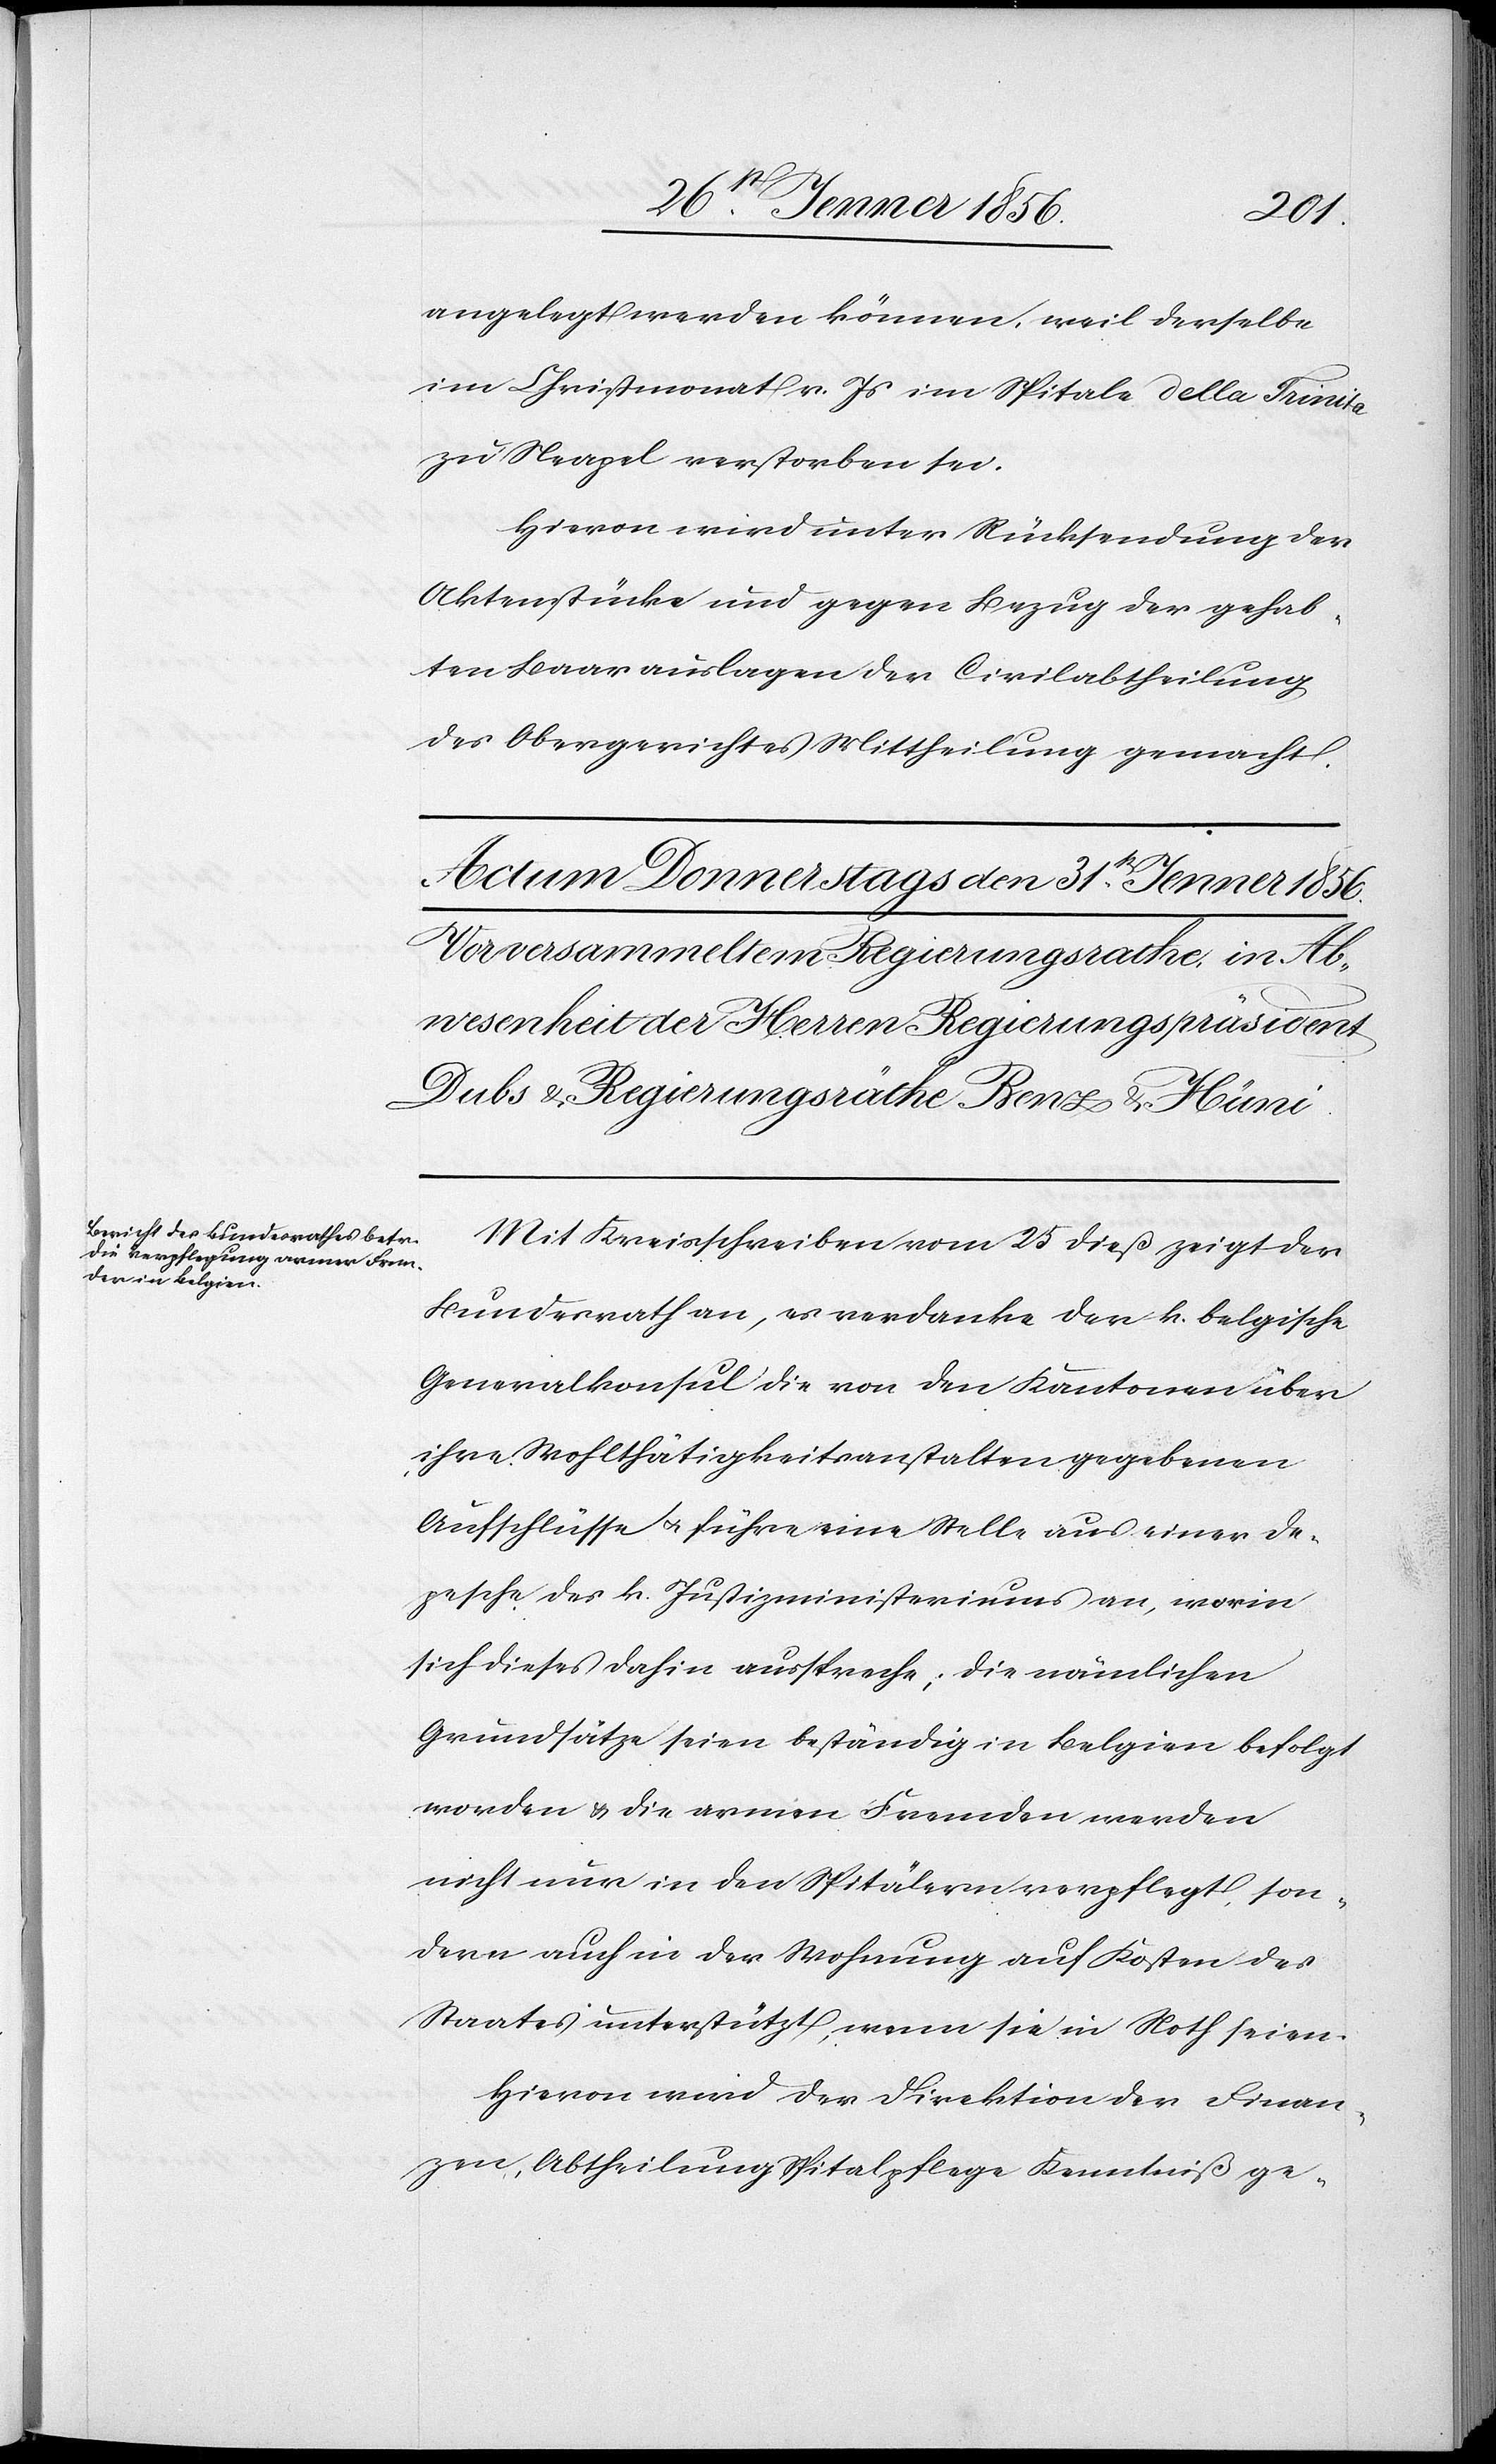
angelegt werden können, weil derselbe
im Christmonat v. Js im Spitale della Trinita
zu Neapel verstorben sei.
Hievon wird unter Rücksendung der
Aktenstücke und gegen Bezug der gehab¬
ten Baarauslagen der Civilabtheilung
des Obergerichtes Mittheilung gemacht.
Vor versammeltem Regierungsrathe, in Ab¬
wesenheit der Herren Regierungspräsident
Dubs & Regierungsräthe Benz & Hüni.
Mit Kreisschreiben vom 25 dieß zeigt der
Bundesrath an, es verdanke der k. belgische
Generalkonsul die von den Kantonen über
ihre Wohltätigkeitsanstalten gegebenen
Aufschlüsse u. führe eine Stelle aus einer De¬
pesche des k. Justizministeriums an, worin
sich dieses dahin ausspreche; die nämlichen
Grundsätze seien beständig in Belgien befolgt
worden & die armen Fremden werden
nicht nur in den Spitälern verpflegt, son¬
dern auch in der Wohnung auf Kosten des
Staates unterstützt, wenn sie in Noth seien.
Hievon wird der Direktion der Finan¬
zen, Abtheilung Spitalpflege Kenntniß ge-